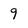
Character: 9